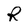
Character: R